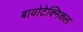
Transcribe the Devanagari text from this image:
बायोटेक्निकल